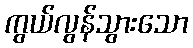
ကွယ်လွန်သွားသော